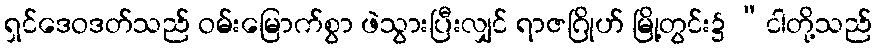
ရှင်ဒေဝဒတ်သည် ဝမ်းမြောက်စွာ ဖဲသွားပြီးလျှင် ရာဇဂြိုဟ် မြို့တွင်း၌ “ငါတို့သည်